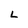
Character: L